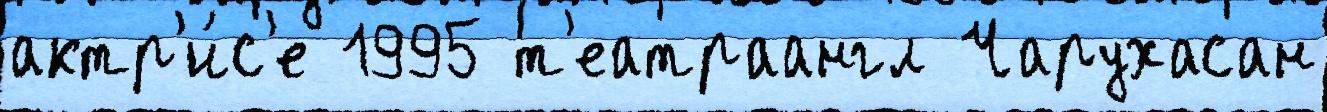
актр'и́с'е 1995 т'еатраангл Чарухасан